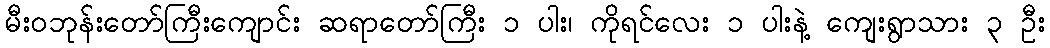
မီးဝဘုန်းတော်ကြီးကျောင်း ဆရာတော်ကြီး ၁ ပါး၊ ကိုရင်လေး ၁ ပါးနဲ့ ကျေးရွာသား ၃ ဦး